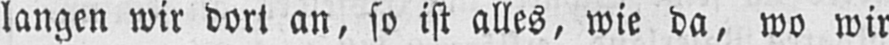
langen wir dort an, so ist alles, wie da, wo wir